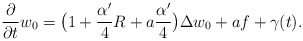
\begin{align*}\frac{\partial}{\partial t}w_0=\big(1+\frac{\alpha'}{4}R+a\frac{\alpha'}{4}\big)\Delta w_0+af+\gamma(t).\end{align*}